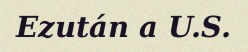
Ezután a U.S.